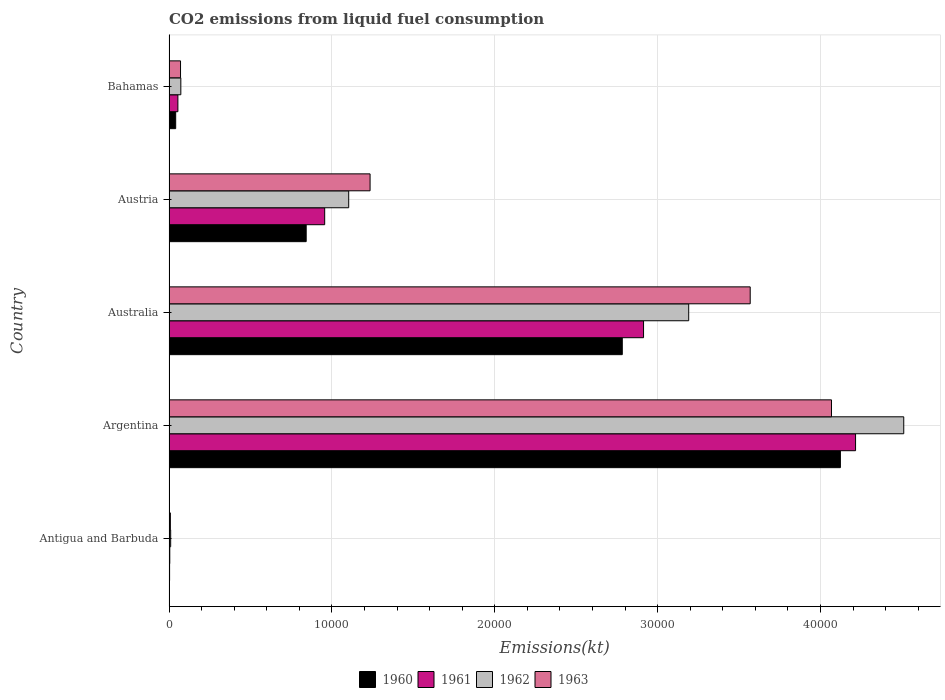
| Country | 1960 | 1961 | 1962 | 1963 |
 | --- | --- | --- | --- | --- |
 | Antigua and Barbuda | 36.7 | 47.7 | 103 | 84.3 |
 | Argentina | 4.12e+04 | 4.22e+04 | 4.51e+04 | 4.07e+04 |
 | Australia | 2.78e+04 | 2.91e+04 | 3.19e+04 | 3.57e+04 |
 | Austria | 8.42e+03 | 9.56e+03 | 1.1e+04 | 1.23e+04 |
 | Bahamas | 411 | 546 | 726 | 708 |